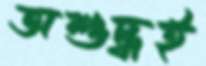
অশুদ্ধই